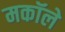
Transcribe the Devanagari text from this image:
मकॉले